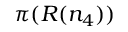
\pi ( R ( n _ { 4 } ) )